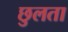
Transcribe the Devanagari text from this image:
छुलता